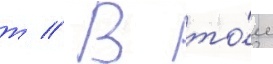
т // В то́м